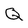
Character: Q